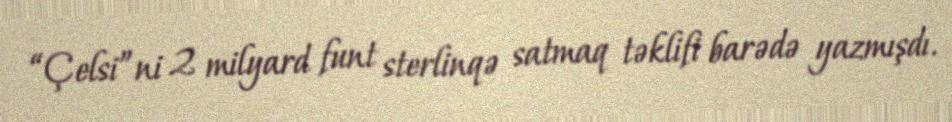
“Çelsi”ni 2 milyard funt sterlinqə satmaq təklifi barədə yazmışdı.